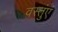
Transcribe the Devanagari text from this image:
वस्तुंएं